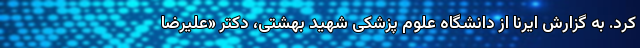
کرد. به گزارش ایرنا از دانشگاه علوم پزشکی شهید بهشتی، دکتر «علیرضا